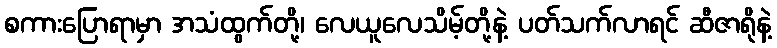
စကားပြောရာမှာ အသံထွက်တို့၊ လေယူလေသိမ့်တို့နဲ့ ပတ်သက်လာရင် ဆီဇာရိုနဲ့